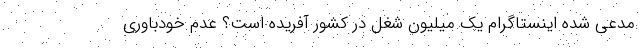
مدعی شده اینستاگرام یک میلیون شغل در کشور آفریده است؟ عدم خودباوری